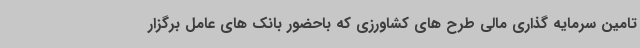
تامین سرمایه گذاری مالی طرح های کشاورزی که باحضور بانک های عامل برگزار